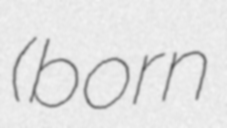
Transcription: (born